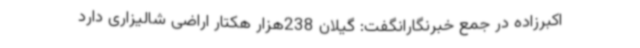
اکبرزاده در جمع خبرنگارانگفت: گیلان 238هزار هکتار اراضی شالیزاری دارد